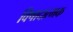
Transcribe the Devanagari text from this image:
विषादात्मक